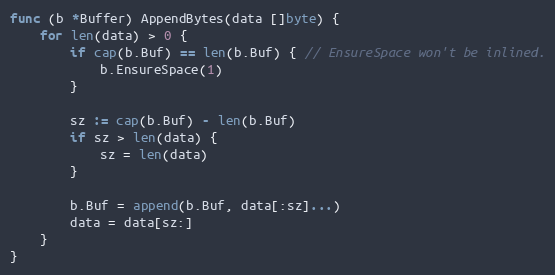
Language: Go
func (b *Buffer) AppendBytes(data []byte) {
	for len(data) > 0 {
		if cap(b.Buf) == len(b.Buf) { // EnsureSpace won't be inlined.
			b.EnsureSpace(1)
		}

		sz := cap(b.Buf) - len(b.Buf)
		if sz > len(data) {
			sz = len(data)
		}

		b.Buf = append(b.Buf, data[:sz]...)
		data = data[sz:]
	}
}